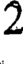
2